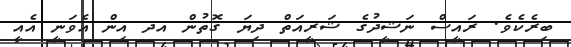
ބިރެކެވެ. ރައީސް ނަޝީދުގެ ޝަރީއަތް ދިޔަ ގޮތުން އދ އިން އެވަނީ އެއީ